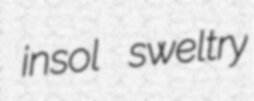
insol sweltry